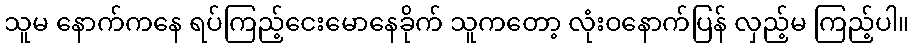
သူမ နောက်ကနေ ရပ်ကြည့်ငေးမောနေခိုက် သူကတော့ လုံးဝနောက်ပြန် လှည့်မ ကြည့်ပါ။